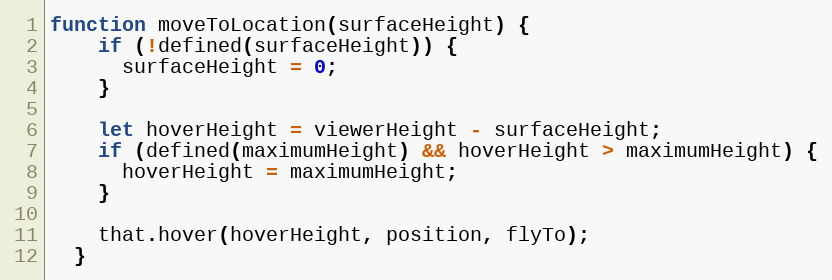
Language: JavaScript
function moveToLocation(surfaceHeight) {
    if (!defined(surfaceHeight)) {
      surfaceHeight = 0;
    }

    let hoverHeight = viewerHeight - surfaceHeight;
    if (defined(maximumHeight) && hoverHeight > maximumHeight) {
      hoverHeight = maximumHeight;
    }

    that.hover(hoverHeight, position, flyTo);
  }